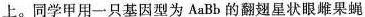
上。同学甲用-一只基因型为AaBb的翻翅星状眼雌果蝇